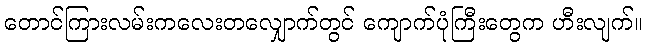
တောင်ကြားလမ်းကလေးတလျှောက်တွင် ကျောက်ပုံကြီးတွေက ဟီးလျက်။